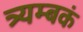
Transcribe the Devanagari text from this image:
त्र्यम्‍बकं